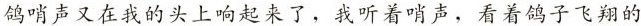
鸽哨声又在我的头上响起来了，我听着哨声，看着鸽子飞翔的